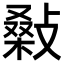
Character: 𢾪